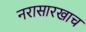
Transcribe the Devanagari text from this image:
नरासारखाच